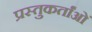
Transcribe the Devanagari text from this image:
प्रस्तुकर्तांओं